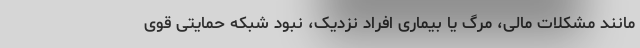
مانند مشکلات مالی، مرگ یا بیماری افراد نزدیک، نبود شبکه حمایتی قوی